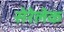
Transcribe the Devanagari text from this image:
सेरेलेक